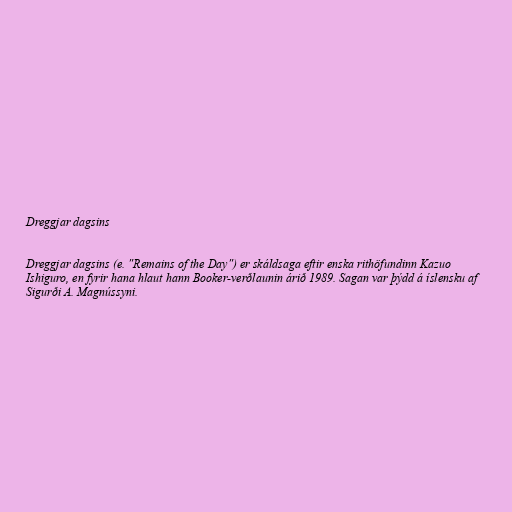
Dreggjar dagsins

Dreggjar dagsins (e. "Remains of the Day") er skáldsaga eftir enska rithöfundinn Kazuo
Ishiguro, en fyrir hana hlaut hann Booker-verðlaunin árið 1989. Sagan var þýdd á íslensku af
Sigurði A. Magnússyni.